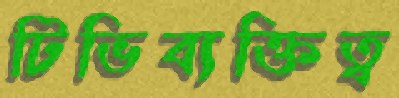
টিভিব্যক্তিত্ব